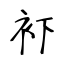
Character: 𧘔